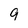
Character: 9